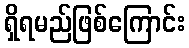
ရှိရမည်ဖြစ်ကြောင်း